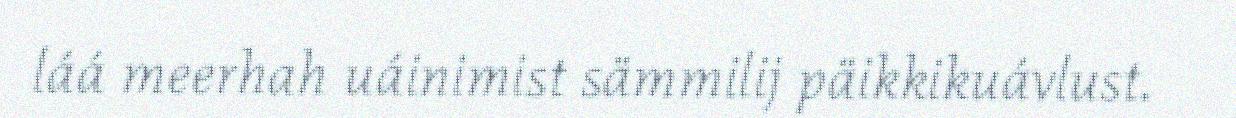
láá meerhah uáinimist sämmilij päikkikuávlust.